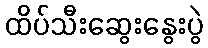
ထိပ်သီးဆွေးနွေးပွဲ